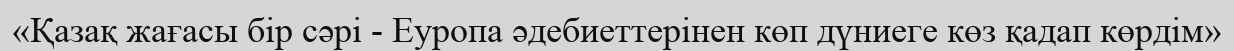
«Қазақ жағасы бір сәрі - Еуропа әдебиеттерінен көп дүниеге көз қадап көрдім»